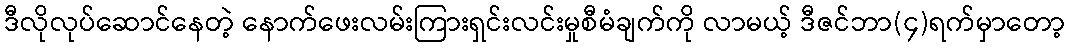
ဒီလိုလုပ်ဆောင်နေတဲ့ နောက်ဖေးလမ်းကြားရှင်းလင်းမှုစီမံချက်ကို လာမယ့် ဒီဇင်ဘာ(၄)ရက်မှာတော့